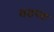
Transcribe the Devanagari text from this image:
वडपत्रा